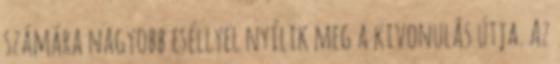
számára nagyobb eséllyel nyílik meg a kivonulás útja. Az